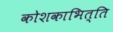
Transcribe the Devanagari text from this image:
कोशकाभित्ति